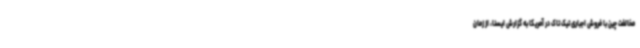
مخالفت چین با فروش اجباری تیک تاک در آمریکا به گزارش ایسنا، از زمان